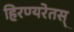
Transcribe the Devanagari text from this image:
हिरण्यरेतस्